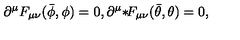
\partial ^ { \mu } F _ { \mu \nu } ( \bar { \phi } , \phi ) = 0 , \partial ^ { \mu } { * } \! F _ { \mu \nu } ( \bar { \theta } , \theta ) = 0 ,